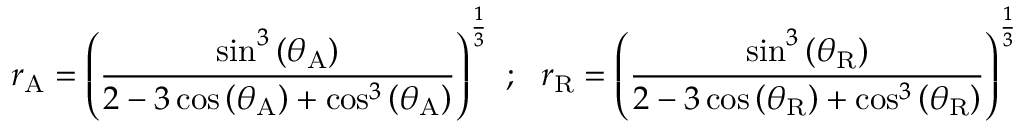
r _ { \mathrm { A } } = \left( { \frac { \sin ^ { 3 } \left( \theta _ { \mathrm { A } } \right) } { 2 - 3 \cos \left( \theta _ { \mathrm { A } } \right) + \cos ^ { 3 } \left( \theta _ { \mathrm { A } } \right) } } \right) ^ { \frac { 1 } { 3 } } ~ ; ~ ~ r _ { \mathrm { R } } = \left( { \frac { \sin ^ { 3 } \left( \theta _ { \mathrm { R } } \right) } { 2 - 3 \cos \left( \theta _ { \mathrm { R } } \right) + \cos ^ { 3 } \left( \theta _ { \mathrm { R } } \right) } } \right) ^ { \frac { 1 } { 3 } }